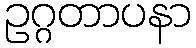
ဥဂ္ဂတာပနာ